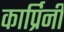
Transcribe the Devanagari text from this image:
कार्प्रिनी